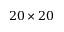
2 0 \times 2 0